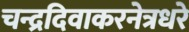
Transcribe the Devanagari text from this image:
चन्द्रदिवाकरनेत्रधरे